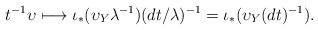
\begin{align*} t^{-1}\upsilon \longmapsto \iota_{\ast}(\upsilon_Y \lambda^{-1})(dt/\lambda)^{-1}=\iota_{\ast}(\upsilon_Y(dt)^{-1}).\end{align*}